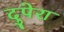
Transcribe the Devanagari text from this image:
दुपेरा